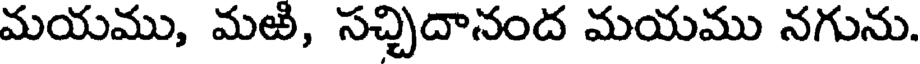
మయము, మఱి, సచ్చిదానంద మయము నగును.